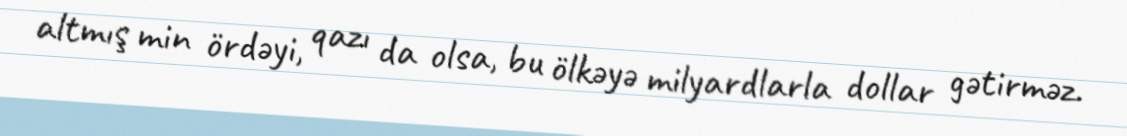
altmış min ördəyi, qazı da olsa, bu ölkəyə milyardlarla dollar gətirməz.